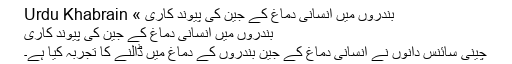
بندروں میں انسانی دماغ کے جین کی پیوند کاری » Urdu Khabrain
بندروں میں انسانی دماغ کے جین کی پیوند کاری
چینی سائنس دانوں نے انسانی دماغ کے جین بندروں کے دماغ میں ڈالنے کا تجربہ کیا ہے۔